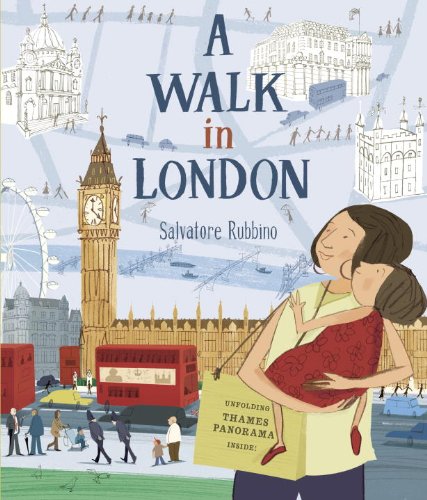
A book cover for A Walk in London; Salvatore Rubbino; Children's Books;